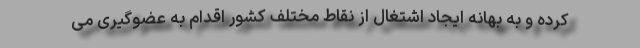
کرده و به بهانه ایجاد اشتغال از نقاط مختلف کشور اقدام به عضوگیری می